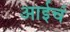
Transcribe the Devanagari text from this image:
आईचं